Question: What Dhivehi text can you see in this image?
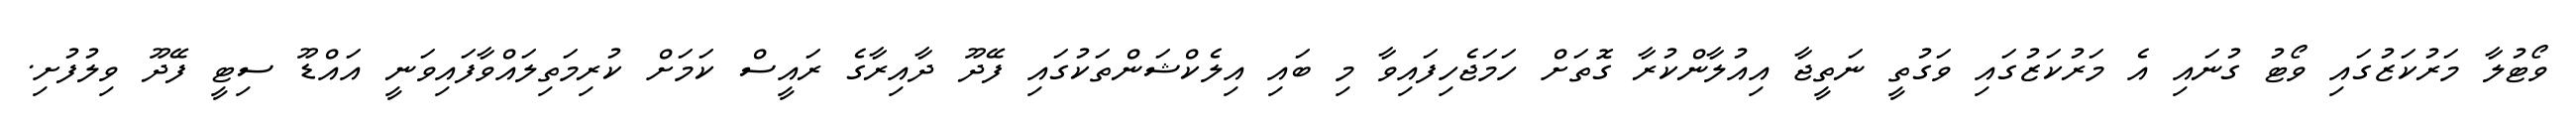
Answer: ވޯޓުލާ މަރުކަޒުގައި ވޯޓު ގުނައި އެ މަރުކަޒުގައި ވަގުތީ ނަތީޖާ އިއުލާންކުރާ ގޮތަށް ހަމަޖެހިފައިވާ މި ބައި އިލެކްޝަންތަކުގައި ފޭދޫ ދާއިރާގެ ރައީސް ކަމަށް ކުރިމަތިލައްވާފައިވަނީ އައްޑޫ ސިޓީ ފޭދޫ ވިލުފުށި.